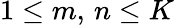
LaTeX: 1\leq m,\, n\leq K